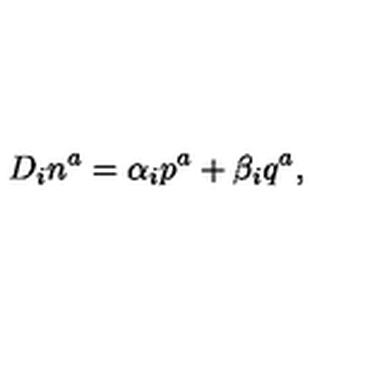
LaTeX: D _ { i } n ^ { a } = \alpha _ { i } p ^ { a } + \beta _ { i } q ^ { a } ,